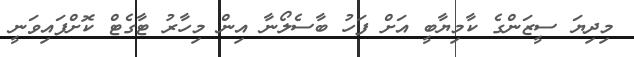
މިދިޔަ ސީޒަންގެ ކާމިޔާބީ އަށް ފަހު ބާސެލޯނާ އިން މިހާރު ޓާގެޓް ކޮށްފައިވަނީ